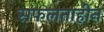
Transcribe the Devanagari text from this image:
सफलताहीन